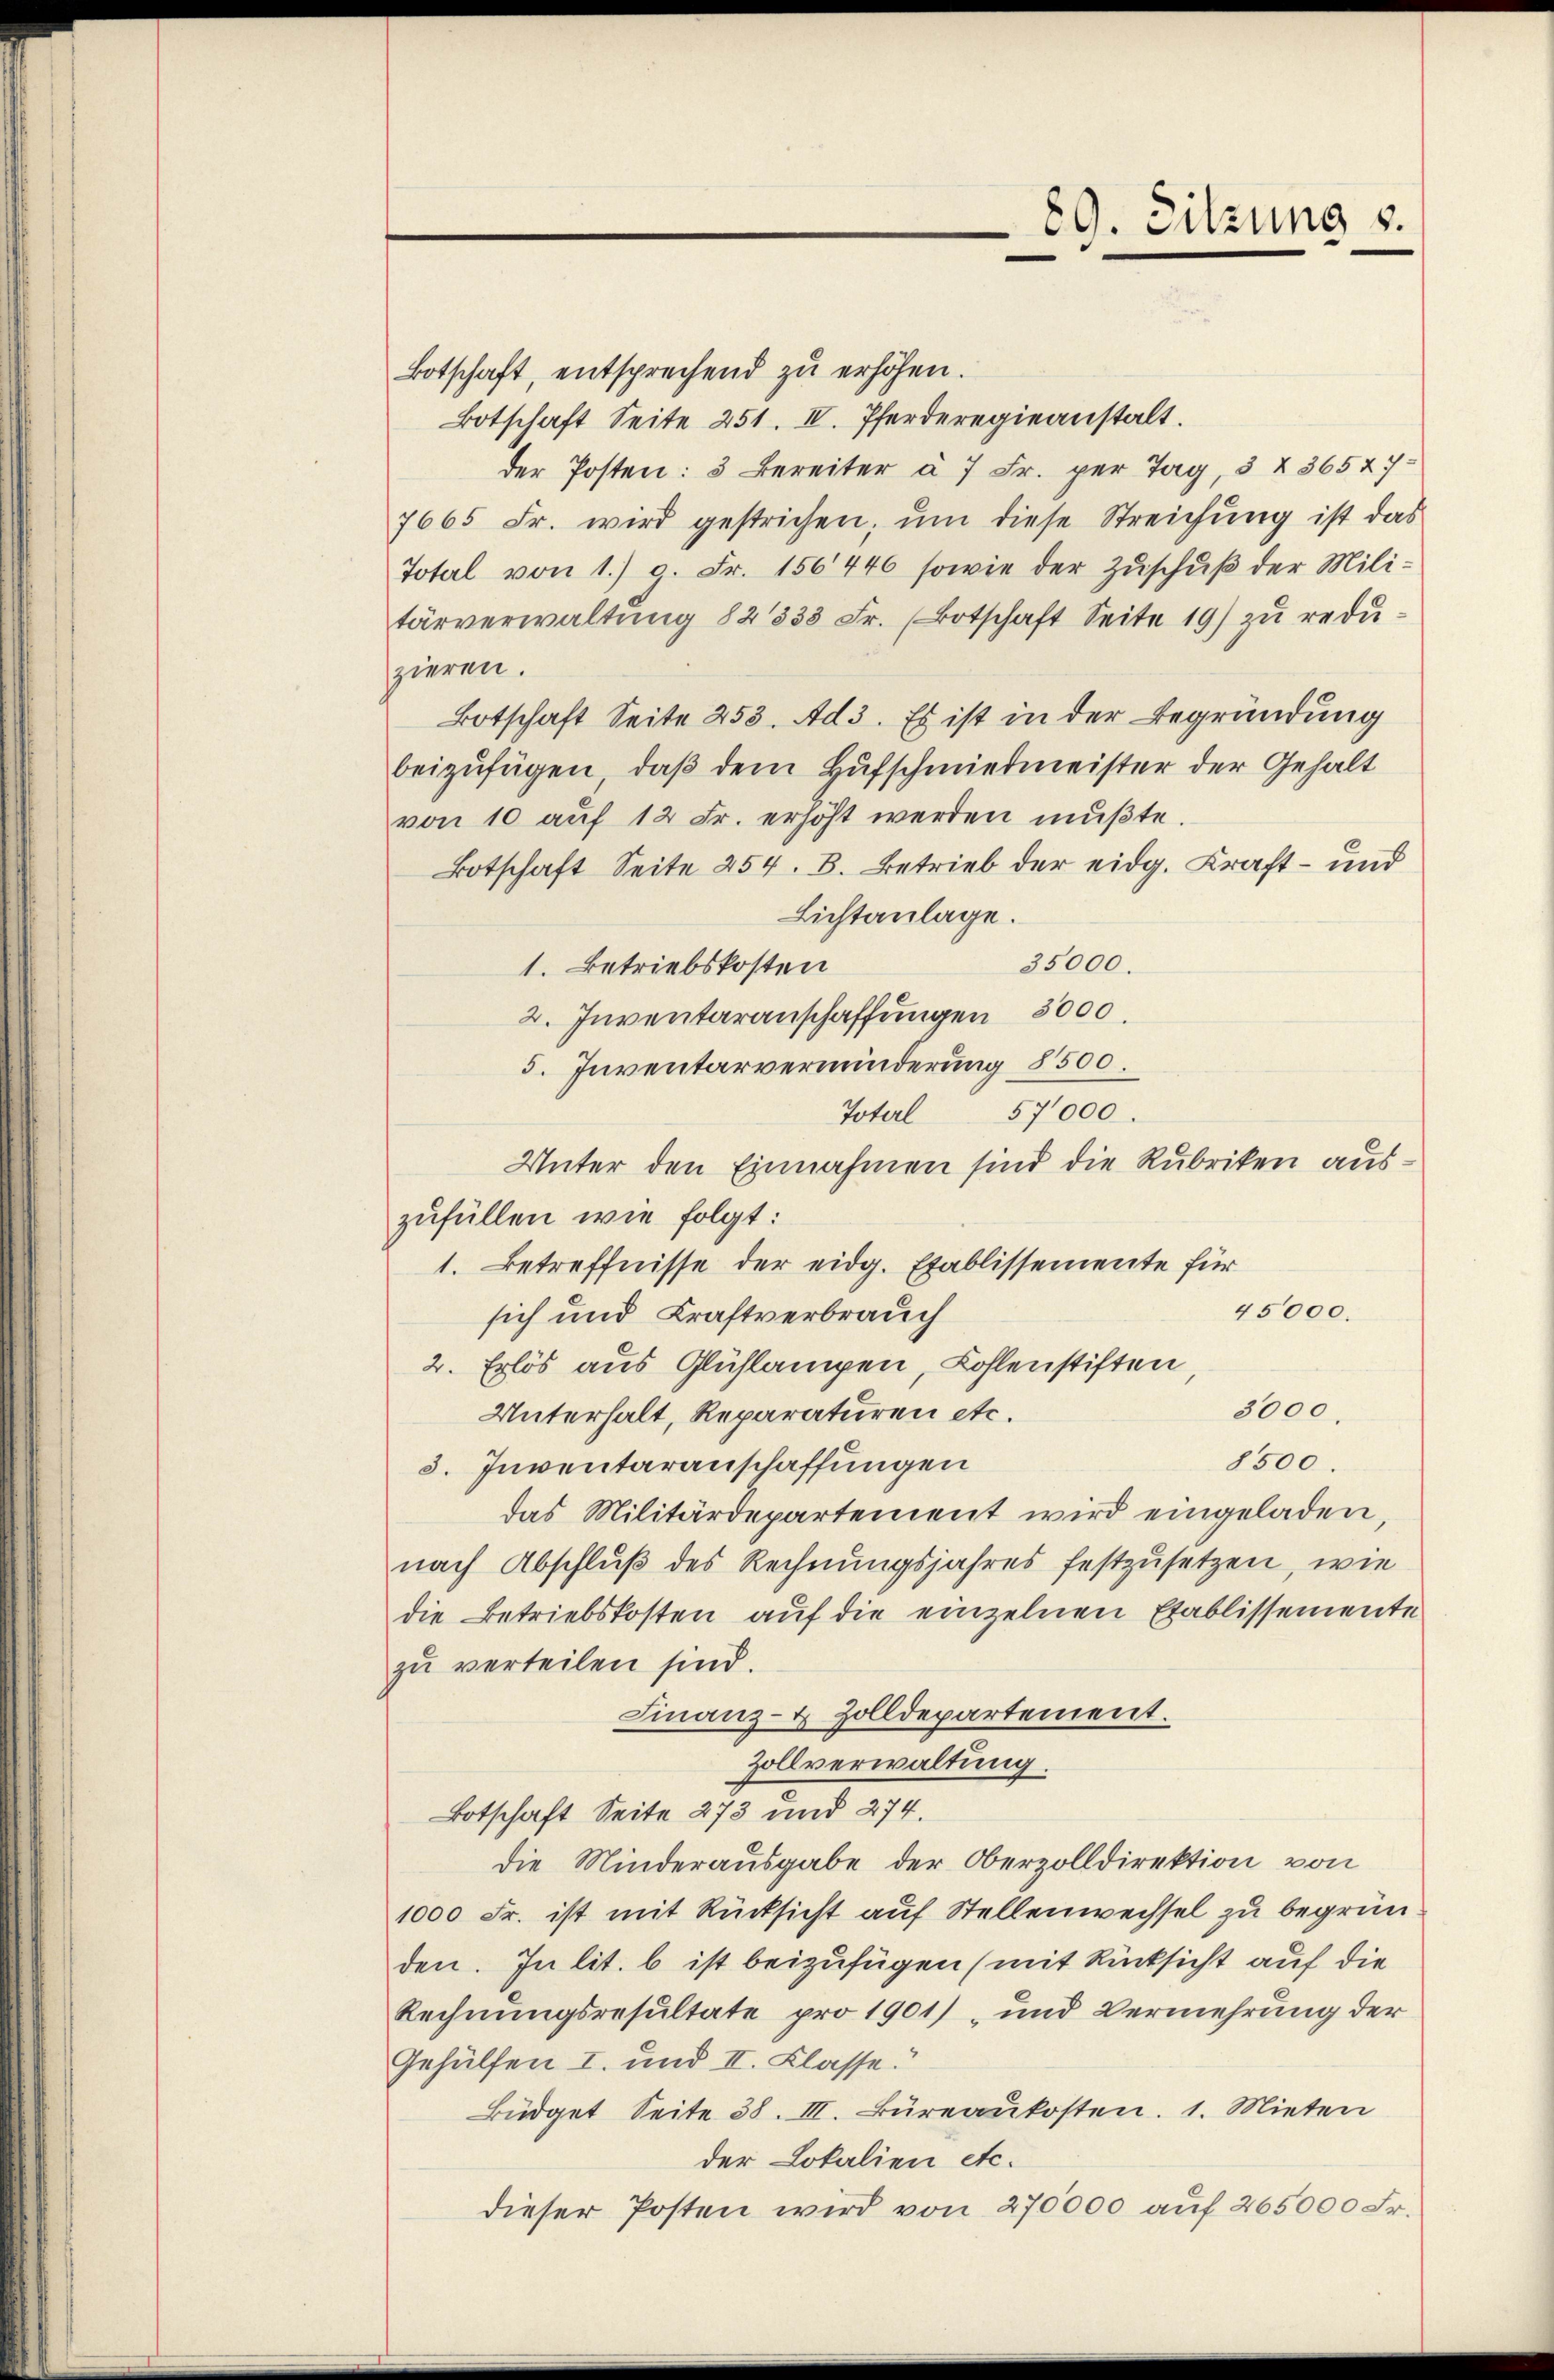
Botschaft, entsprechend zu erhöhen.
Botschaft Seite 251. IV. Pferderegieanstalt.
der Posten: 3 Bereiter à 7 Fr. per Tag, 3 § 36527
7665 Fr. wird gestrichen, ŭm diese Streichung ist das
Total von 1.) g. Fr. 156446 sowie der Zŭschŭβ der Militärverwaltung 82333 Fr. (Botschaft Seite 19) zu reduzieren.
Botschaft Seite 253. Ad 3. Es ist in der Begründung
beizufügen, daβ dem Hufschmiedmeister der Gehalt
von 10 auf 12 Fr. erhöht werden mußte.
Botschaft Seite 254. B. Betrieb der eidg. Kraft- und
Lichtanlage.
35000.
1. Betriebskosten
2. Inventaranschaffungen 3000.
5. Inventarverminderung 8500.
57000.
Total
Unter den Einnahmen sind die Rubriken auszufüllen wie folgt:
1. Betreffnisse der eidg. Etablissemente für
45000.
sich und Kraftverbrauch
2. Erlös aus Glühlampen, Kohlenstiften,
3000.
Unterhalt, Reparaturen etc.
8500.
3. Inventarauschaffungen
das Militärdepartement wird eingeladen,
nach Abschluß des Rechnungsjahres festzusetzen, wie
die Betriebskosten auf die einzelnen Etablissemente
zu verteilen sind.
Finanz- & Zolldepartement.
Zollverwaltung.
Botschaft Seite 273 und 274.
die Minderausgabe der Oberzolldirektion von
1000 Fr. ist mit Rücksicht auf Stellenwechsel zu begründen. In lit. b ist beizufügen (mit Rücksicht auf die
Rechnungsresultate pro 1901) und Vermehrung der
Gehülfen I. und II. Klasse.
Büdget Seite 38. III. Büreaŭkosten. 1. Mieten
der Lokalien etc.
dieser Posten wird von 270000 auf 265000 Fr.

89. Sitzung u.